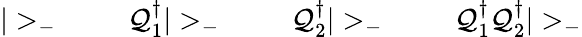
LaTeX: |>_{-}\; \qquad\mathcal{Q}_{1}^{\dagger}|>_{-}\; \qquad\mathcal{Q}_{2}^{\dagger}|>_{-}\; \qquad\mathcal{Q}_{1}^{\dagger}\mathcal{Q}_{2}^{\dagger}|>_{-}